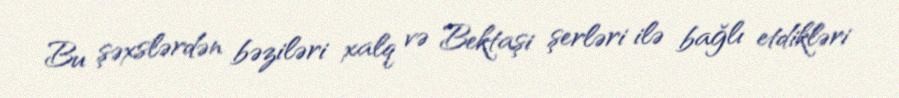
Bu şəxslərdən bəziləri xalq və Bektaşi şerləri ilə bağlı etdikləri